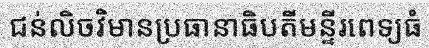
ជន់លិចវិមានប្រធានាធិបតីមន្ទីរពេទ្យធំ